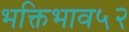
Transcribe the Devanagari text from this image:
भक्तिभाव५२